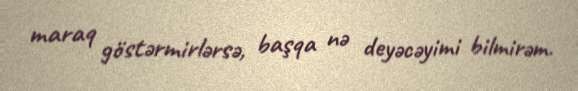
maraq göstərmirlərsə, başqa nə deyəcəyimi bilmirəm.